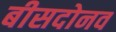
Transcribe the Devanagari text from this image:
बीसदोनव